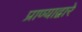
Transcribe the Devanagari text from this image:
प्राण्याद्वारे